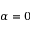
\alpha = 0